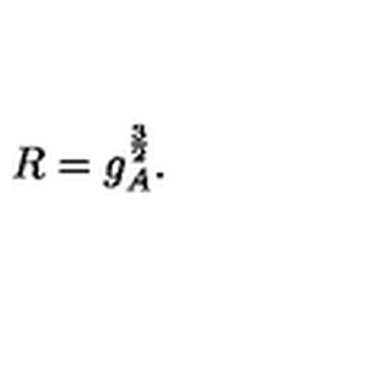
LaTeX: R = g _ { A } ^ { \frac { 3 } { 2 } } .